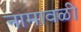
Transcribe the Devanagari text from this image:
नामावळी